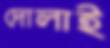
দোলাই